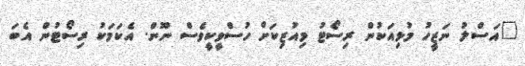
"އަސްލު ނަޒީހު މުޅިއަކުން ރިސޯޓު މިއުޒިކަށް ހުސްވީކީވެސް ނޫން. އެކަމަކު ރިސޯޓުން އެބަ